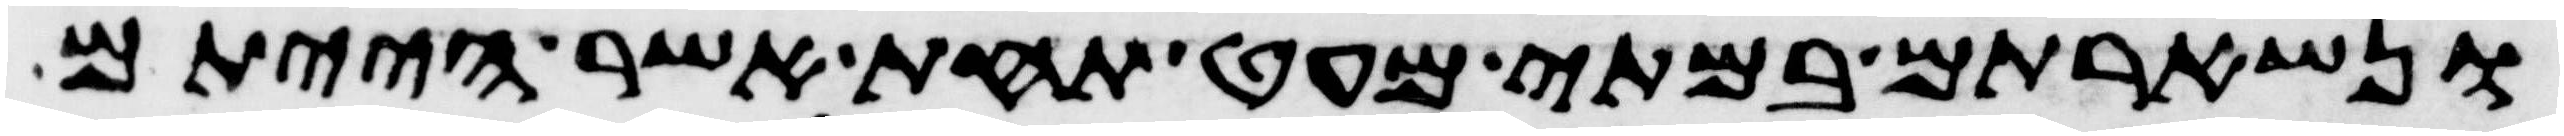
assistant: ונשארתם במתי מעט תחת אשר הייתם